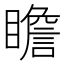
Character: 瞻